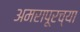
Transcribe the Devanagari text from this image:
अमरापूरच्या